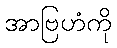
အာဗြဟံကို